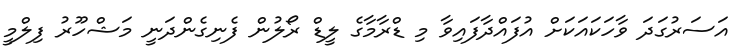
އަސަރުގަދަ ވާހަކައަކަށް އުފައްދާފައިވާ މި ޑްރާމާގެ ލީޑް ރޯލުން ފެނިގެންދަނީ މަޝްހޫރު ފިލްމީ